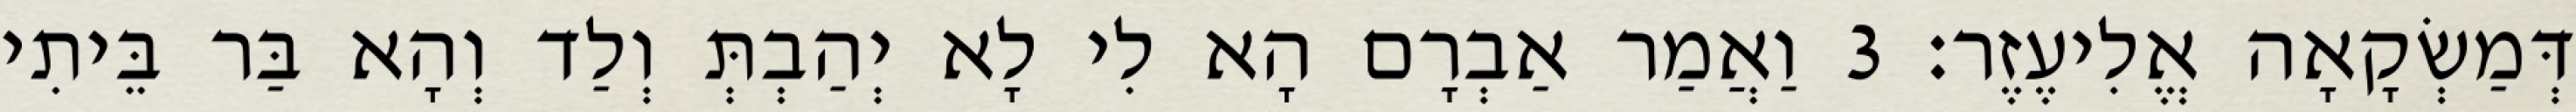
דְּמַשְׂקָאָה אֱלִיעֶזֶר׃ 3 וַאֲמַר אַבְרָם הָא לִי לָא יְהַבְתְּ וְלַד וְהָא בַּר בֵּיתִי